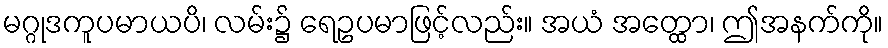
မဂ္ဂုဒကူပမာယပိ၊ လမ်း၌ ရေဥပမာဖြင့်လည်း။ အယံ အတ္ထော၊ ဤအနက်ကို။